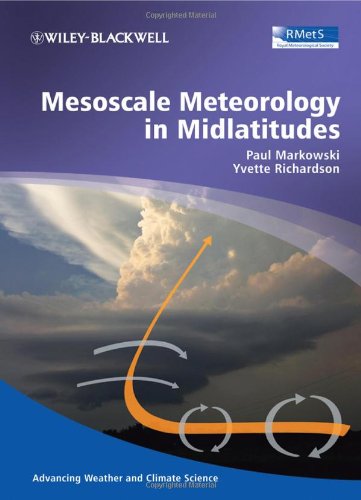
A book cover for Mesoscale Meteorology in Midlatitudes; Paul Markowski; Science & Math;